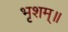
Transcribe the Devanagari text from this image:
भृशम्॥